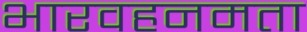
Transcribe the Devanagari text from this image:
भारवहनमता